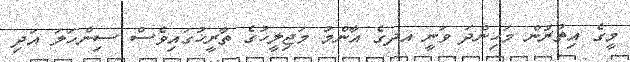
މީގެ އިތުރުން މަހިންދަ ވަނީ އދގެ އާންމު މަޖިލީހުގެ ތާރީޚުގައިވެސް ސިންހަލަ އަދި